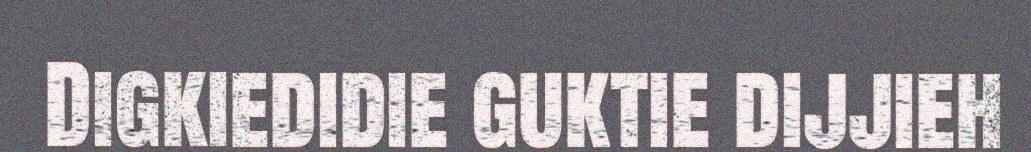
Digkiedidie guktie dijjieh